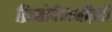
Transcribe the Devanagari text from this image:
क्रिसोवेलनॉइडी